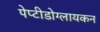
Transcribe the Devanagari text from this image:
पेप्टीडोग्लायकन